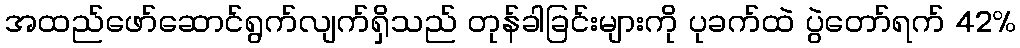
အထည်ဖော်ဆောင်ရွက်လျက်ရှိသည် တုန်ခါခြင်းများကို ပုခက်ထဲ ပွဲတော်ရက် 42%